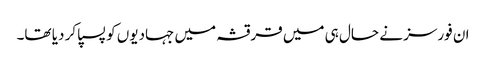
ان فورسز نے حال ہی میں قرقشہ میں جہادیوں کو پسپا کر دیا تھا۔